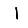
Digit: 1